Leningradi_Edasi_toimetus, lk 73
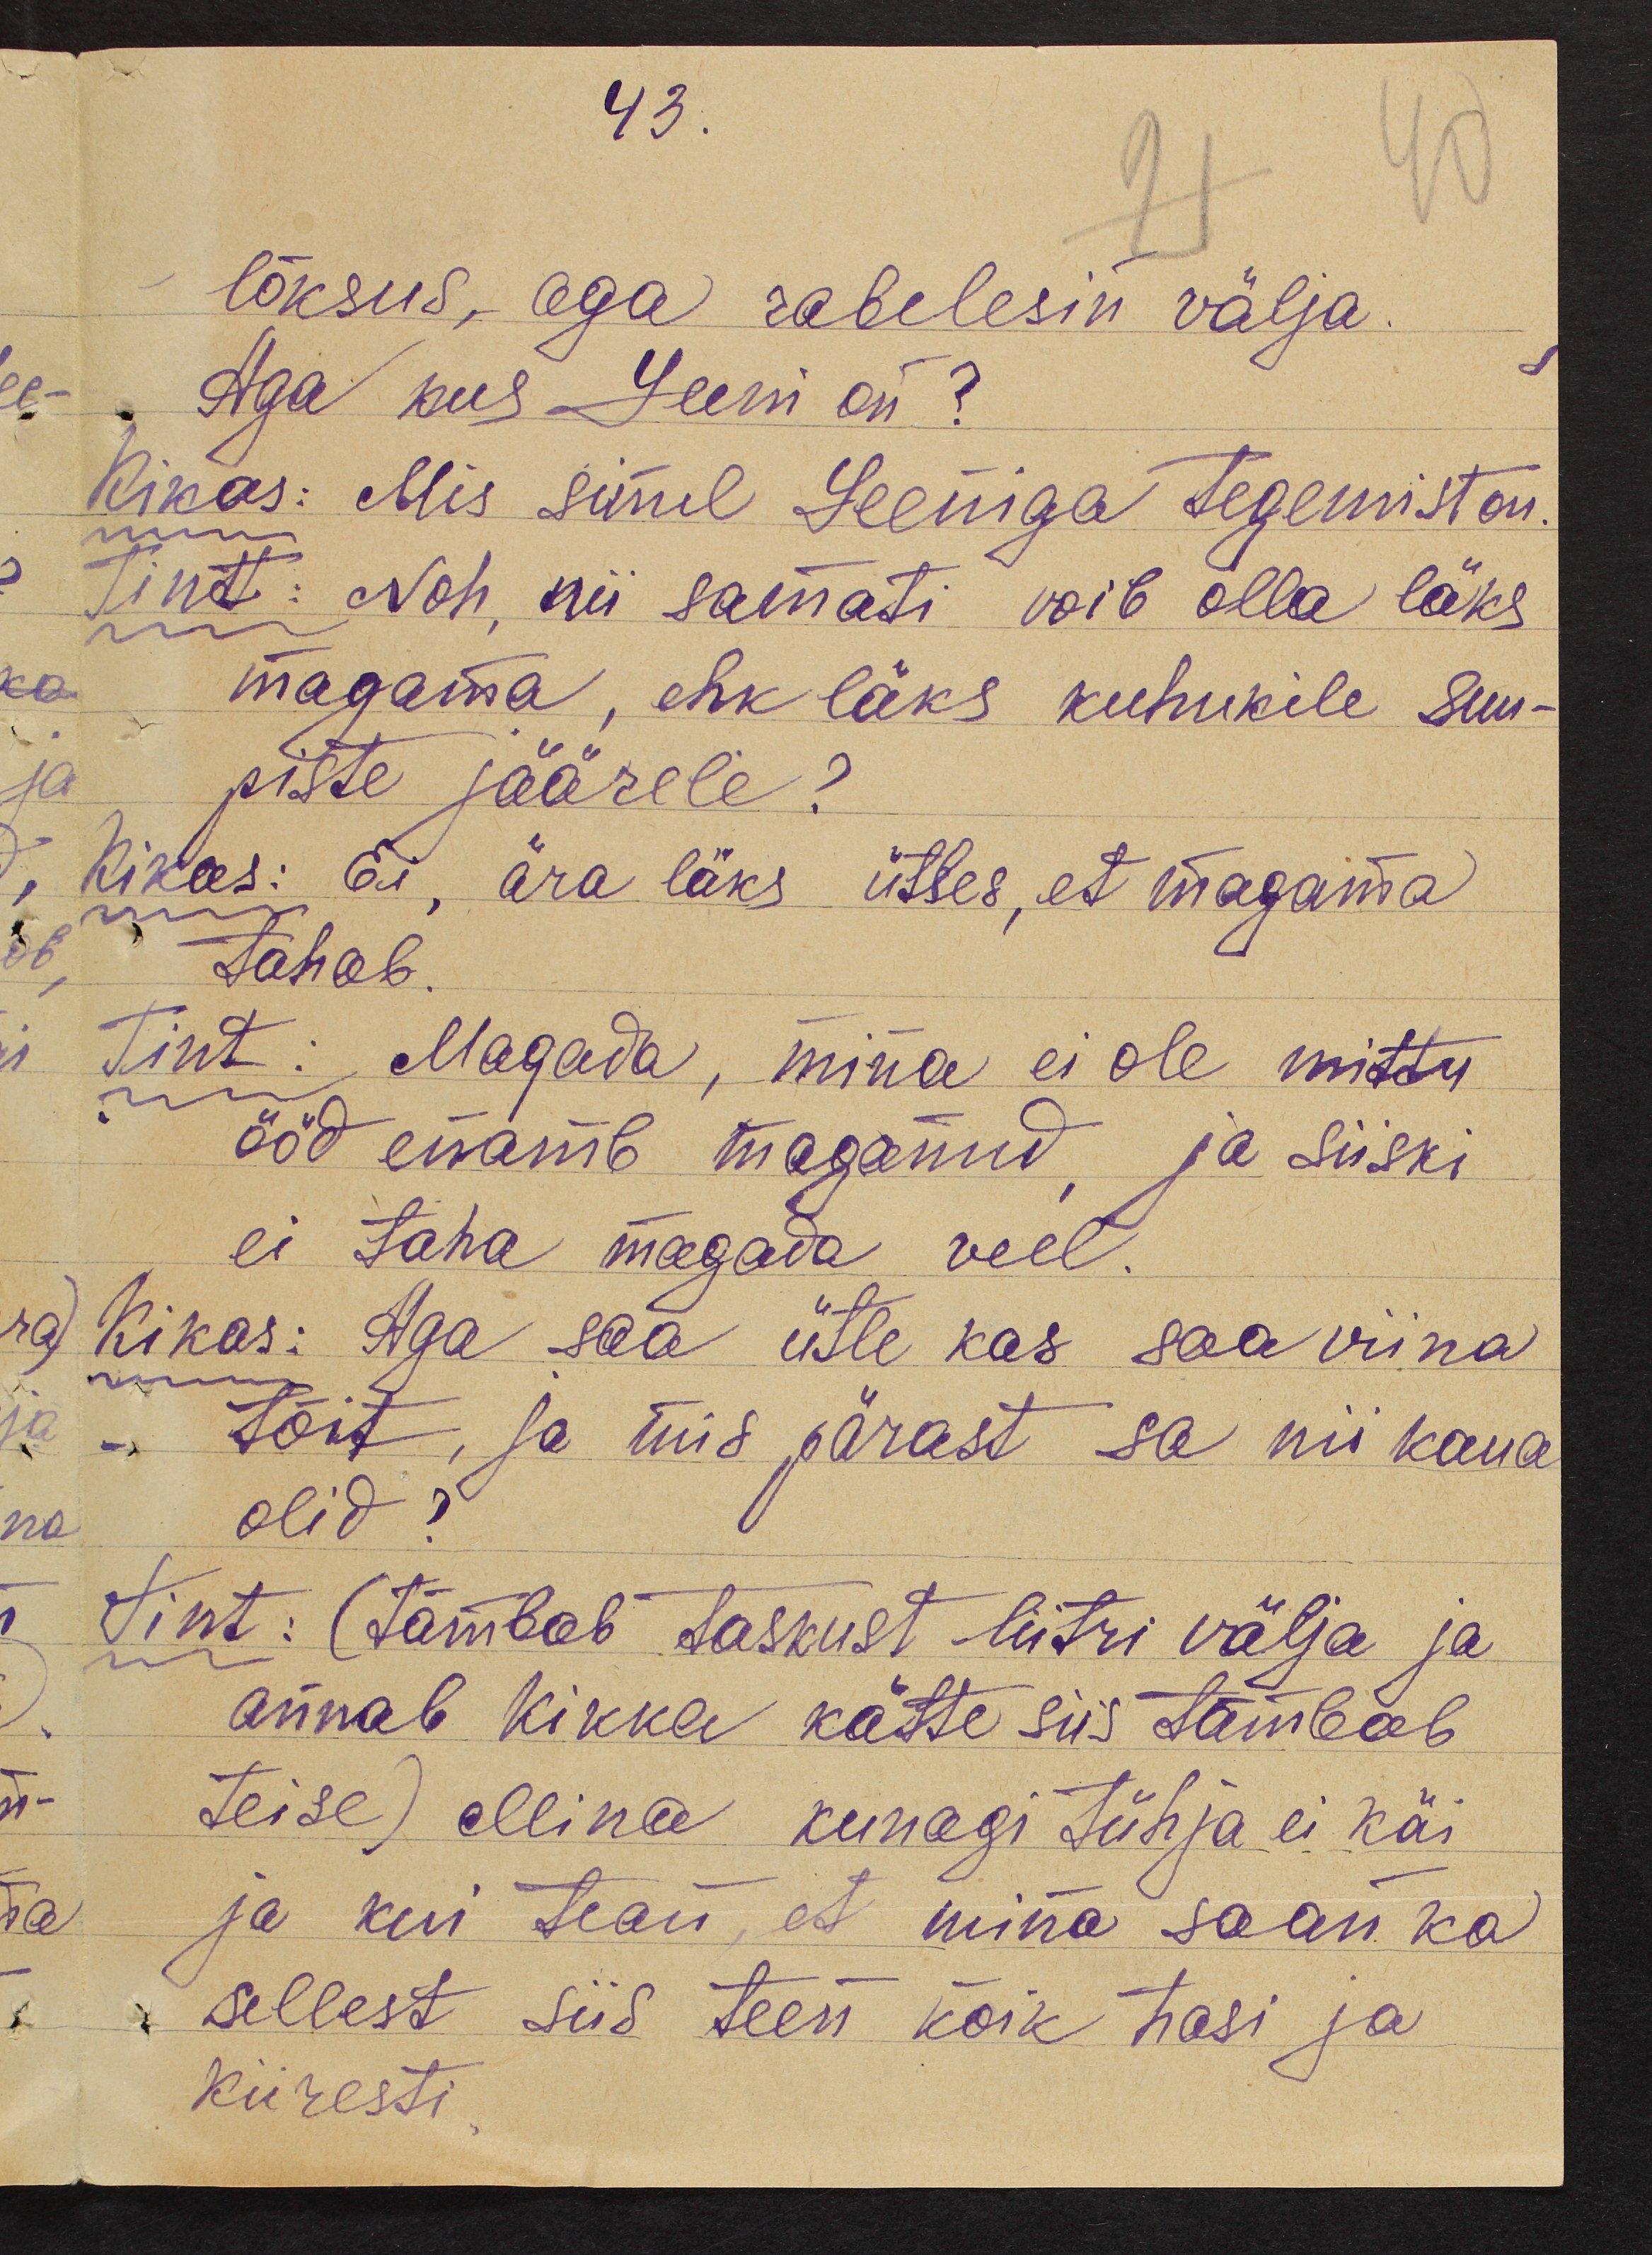
43.
lõksus, aga rabelesin välja.
Aga kus Leeni on?
Kikas: Mis sinul Leeniga tegemist on.
Tintt: Noh, nii samati voib olla läks
magama, ehk läks kuhukile suu-
piste jäärele?
Kikas: Ei, ära läks ütles, et magama
tahab.
Tint: Magada, mina ei ole mittu
ööd enamb maganud, ja siiski
ei taha magada veel.
Kikas: Aga saa ütle kas saa viina
tõit, ja mis pärast sa nii kaua
olid?
Tint: (tõmbab taskust liitri välja ja
annab Kikka kätte siis tõmbab
teise) Mina kunagi tühja ei käi
ja kui tean, et mina saan ka
sellest siis teen kõik häsi ja
kiiresti